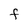
Character: F